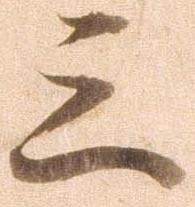
三